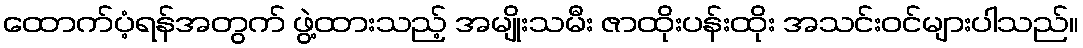
ထောက်ပံ့ရန်အတွက် ဖွဲ့ထားသည့် အမျိုးသမီး ဇာထိုးပန်းထိုး အသင်းဝင်များပါသည်။